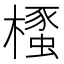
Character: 𣜡